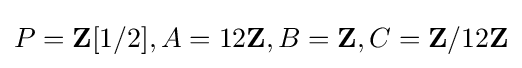
P=\mathbf {Z} [1/2],A=12\mathbf {Z} ,B=\mathbf {Z} ,C=\mathbf {Z} /12\mathbf {Z}